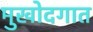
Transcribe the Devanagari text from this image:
मुखोदगात